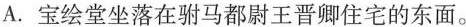
A.宝绘堂坐落在驸马都尉王晋卿住宅的东面。